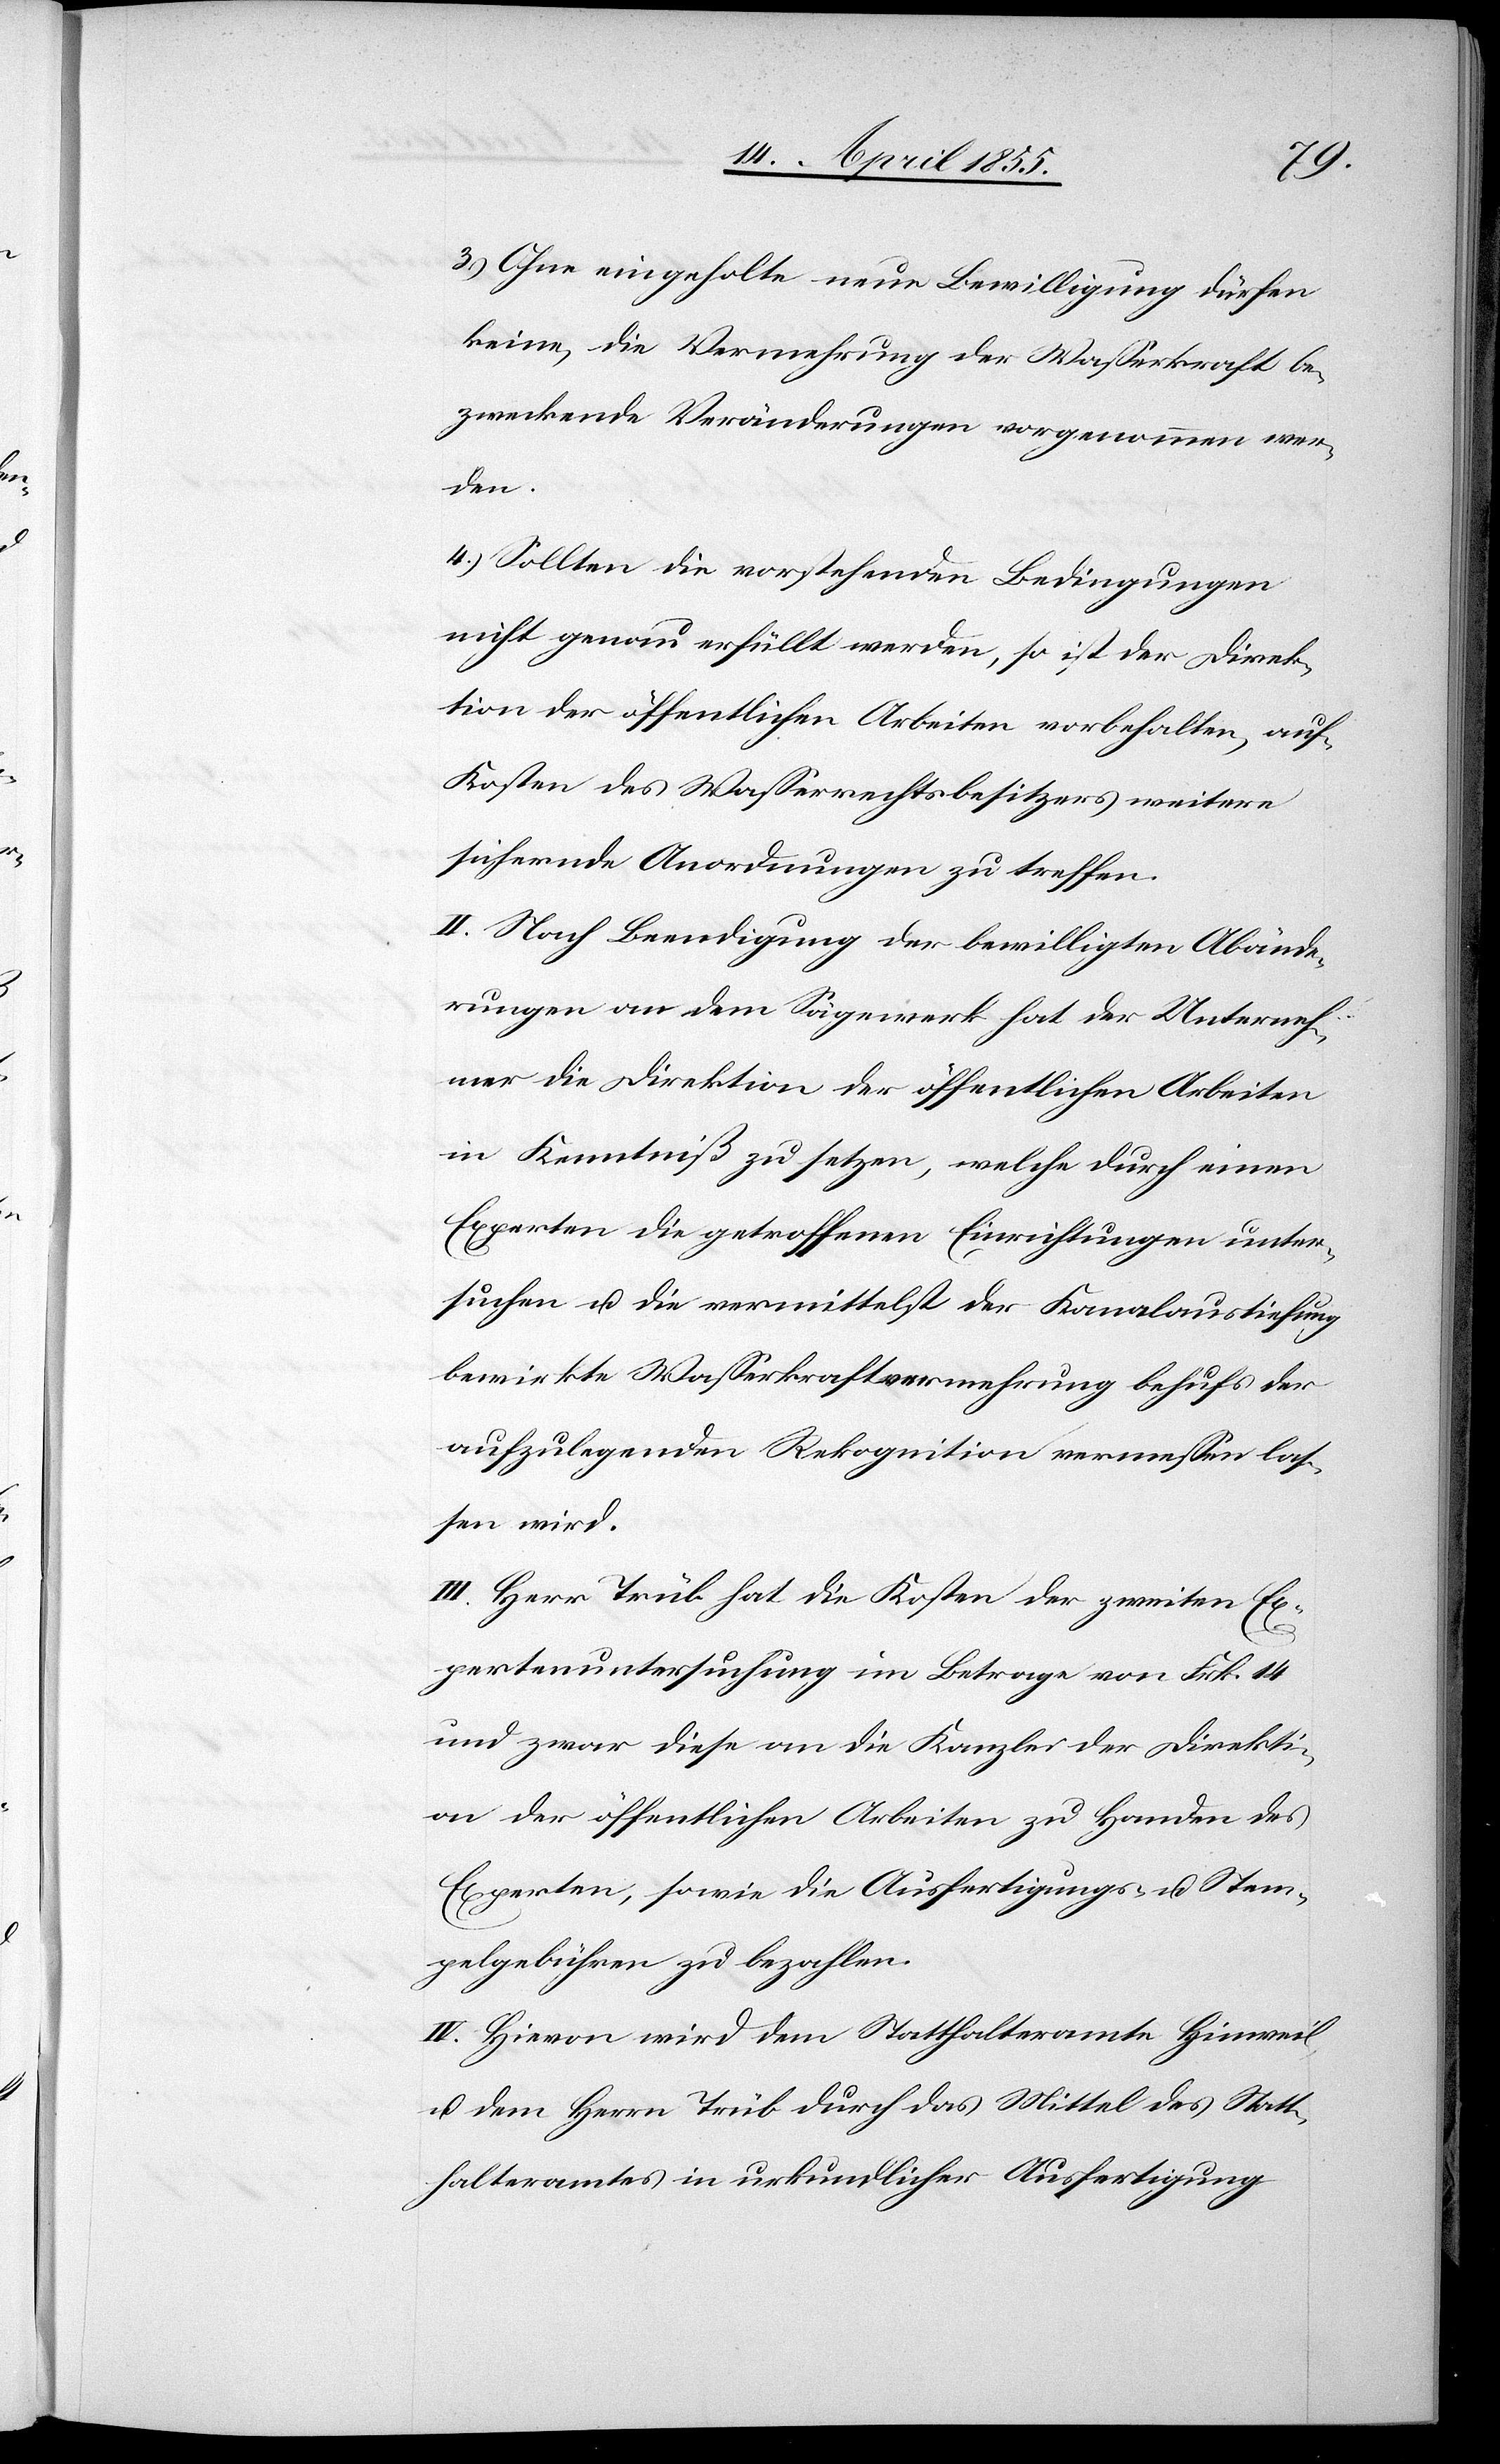
3.) Ohne eingeholte neue Bewilligung dürfen
keine, die Vermehrung der Wasserkraft be¬
zweckende Veränderungen vorgenommen wer¬
den.
4.) Sollten die vorstehenden Bedingungen
nicht genau erfüllt werden, so ist der Direk¬
tion der öffentlichen Arbeiten vorbehalten, auf
Kosten des Wasserrechtsbesitzers weitere
sichernde Anordnungen zu treffen.
II. Nach Beendigung der bewilligten Abände¬
rungen an dem Sägewerk hat der Unterneh¬
mer die Direktion der öffentlichen Arbeiten
in Kenntniß zu setzen, welche durch einen
Experten die getroffenen Einrichtungen unter¬
suchen u. die vermittelst der Kanalaustiefung
bewirkte Wasserkraftvermehrung behufs der
aufzulegenden Rekognition vermessen las¬
sen wird.
III. Herr Trüb hat die Kosten der zweiten Ex¬
pertenuntersuchung im Betrage von Frk. 14
und zwar diese an die Kanzlei der Direkti¬
on der öffentlichen Arbeiten zu Handen des
Experten, sowie die Ausfertigungs- u. Stem¬
pelgebühren zu bezahlen.
IV. Hievon wird dem Statthalteramte Hinweil
u. dem Herrn Trüb durch das Mittel des Statt¬
halteramtes in urkundlicher Ausfertigung